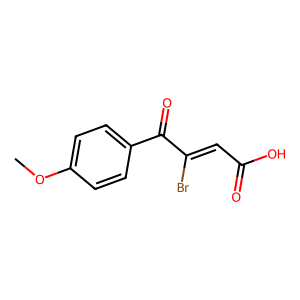
SMILES: COc1ccc(C(=O)C(Br)=CC(=O)O)cc1
Inhibits HIV replication: No